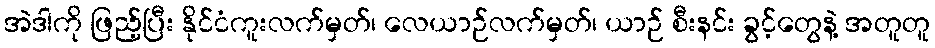
အဲဒါကို ဖြည့်ပြီး နိုင်ငံကူးလက်မှတ်၊ လေယာဉ်လက်မှတ်၊ ယာဉ် စီးနင်း ခွင့်တွေနဲ့ အတူတူ